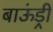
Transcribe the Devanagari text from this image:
बाऊंड्री